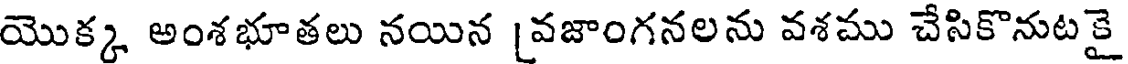
యొక్క అంశభూతలు నయిన [వజాంగనలను వశము చేసికొనుట కై